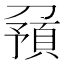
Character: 𠟹